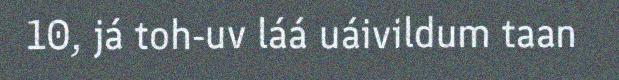
10, já toh-uv láá uáivildum taan